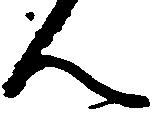
ん